Vaccination in Bombay 1889-1901 - 1889-1901
Year: 1889
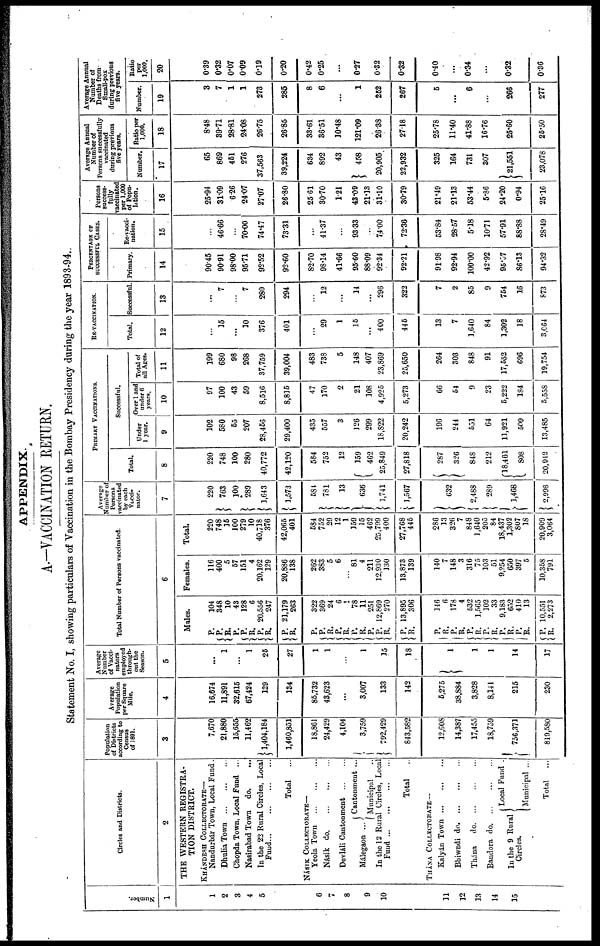
APPENDIX.
A.—VACCINATION RETURN.
Statement No. I, showing particulars of Vaccination in the Bombay Presidency during the year 1893-94.
Number.
1
1
2
3
4
5
6
7
8
9
10
11
12
13
14
15
Circles and Districts.
2
THE WESTERN REGISTRA-
TION DISTRICT.
KHÁNDESH COLLECTORATE—
Nandurbár Town, Local Fund.
DhuliaTown
...
...
...
Chopda Town, Local Fund ...
Nasirabad Town
do. ...
In the 22 Rural Circles, Local
Fund
Total
...
NÁSIK COLLECTORATE—
Yeola Town
...
...
...
Násik do
...
...
...
Devláli Cantonment
...
...
Málegaon ...
Cantonment ...
Municipal
In the 12 Rural Circles, Local
Fund
...
...
...
...
Total
THÁNA COLLECTORATE—
Kalyán Town ... ... ...
Bhiwndi do
...
...
...
Thána
do
...
...
...
Bandora do
...
...
...
In the 9 Rural
Circles.
Local Fund .
Municipal ...
Total
...
Population
of Districts
according to
Census
of 1891.
3
7,670
21,880
15,655
11,462
1,404,184
1,460,851
18,861
24,429
4,104
3,759
792,429
843,582
12,608
14,387
17,455
18,759
756,371
819,580
Average
Population
per Square
Mile.
4
16,674
11,891
32,615
67,424
129
134
85,732
43,623
...
3,007
133
142
5,275
38,884
3,828
8,141
215
230
Average
Number
of Vacci¬
nators
employed
through-
out the
Season.
5
...
1
...
1
25
27
1
1
...
1
15
18
1
1
1
14
17
Total Number of Persons vaccinated.
6
Males.
P.
P.
R.
P.
P.
R.
P.
R.
P.
R.
P.
P. R.
P.
R. P.
R.
P.
P.
R.
P.
R.
P.
R.
P.
P.
P.
P.
P.
R.
P.
R.
P.
R.
P.
R.
104
348
10
43
128
6
20,556
247
21,179
263
322
369
24
6
1
78
11
251
12,869
270
13,895
306
146
6
178
4
532
1,565
102
33
9,183
652
410
13
10,551
2,273
Females.
116
400
5
57
151
4
20,162
129
20,886
138
262
383
5
6
...
81
4
211
12,930
130
13,873
139
140
7
148
3
316
75
103
51
9,254
650
397
5
10,358
791
Total.
220
748
15
100
279
10
40,718
376
42,066
401
584
752
29
12
1
159
15
462
25,709
400
27,768
445
286
13
326
7
848
1,640
205
84
18,437
1,302
807
18
20,909
3,064
Average
Number of
Persons
vaccinated
by each
Vacci¬
nator.
7
220
763
100
289
1,643
1,573
584
781
13
636
1,741
1,567
632
2,488
289
1,468
2,998
PRIMARY VACCINATIONS.
Total.
8
220
748
100
280
40,772
42,120
584
752
12
159
462
25,849
27,818
287
326
848
212
18,461
808
20,942
Successful.
Under
1 year.
9
102
580
55
207
28,456
29,400
435
557
3
126
299
18,822
20,242
196
244
551
64
11,921
509
13,485
Over 1 and
under 6
years.
10
97
100
43
59
8,516
8,815
47
170
2
21
108
4,925
5,273
66
54
9
23
5,222
184
5,558
Total of
all Ages.
11
199
680
98
268
37,759
39,004
483
738
5
148
407
23,869
25,650
264
303
848
91
17,552
696
19,754
RE-VACCINATION.
Total.
12
...
15
...
10
376
401
...
29
1
15
...
400
445
13
7
1,640
84
1,302
18
3,064
Successful.
13
...
7
...
7
280
294
...
12
...
14
296
322
7
2
85
9
764
16
873
PERCENTAGE OF
SUCCESSFUL CASES.
Primary.
14
90.45
90.91
98.00
95.71
92.52
92.60
82.70
98.14
41.66
95.60
88.09
92.34
92.21
91.98
92.94
100.00
42.92
95.07
86.13
94.32
Re-vacci¬
nation.
15
...
46.66
...
70.00
74.47
73.31
...
41.37
...
93.33
...
74.00
72.36
53.84
28.57
5.18
10.71
57.91
88.88
28.49
Persons
success-
fully
vaccinated
per 1,000
of Popu-
lation.
16
25.94
31.09
6.26
24.07
27.07
26.80
25.61
30.70
1.21
43.09
21.13
31.10
30.79
21.49
21.13
53.44
5.86
24.20
0.94
25.16
Average Annual
Number of
Persons successfully
vaccinated
during previous
five years.
Number.
17
65
869
451
276
37,563
39,224
634
892
43
458
20,905
22,932
325
164
731
307
21,551
23,078
Ratio per
1,000.
18
8.48
39.71
28.81
24.08
26.75
26.85
33.61
36.51
10.48
121.09
26.38
27.18
25.78
11.40
41.88
16.76
25.60
25.50
Average Annual
Number of
Deaths from¬
Small-pox
during previous
five years.
Number.
19
3
7
1
1
273
285
8
6
...
1
252
267
5
...
6
...
266
277
Ratio
per
1,000.
20
0.39
0.32
0.07
0.09
0.19
0.20
0.42
0.25
...
0.27
0.32
0.32
0.40
...
0.34
...
0.32
0.36